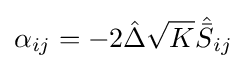
\alpha _{ij}=-2{\hat {\Delta }}{\sqrt {K}}{\hat {\bar {S}}}_{ij}